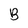
Character: B